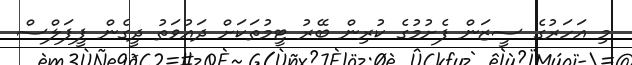
މި އަހަރުގެ ސީޒަން ފެށުމުގެ ކުރިން ބޭރު ޓީމުތަކަށް ދައުވަތު ދީގެން ޕީޕަލްސް